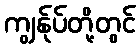
ကျွန်ုပ်တို့တွင်